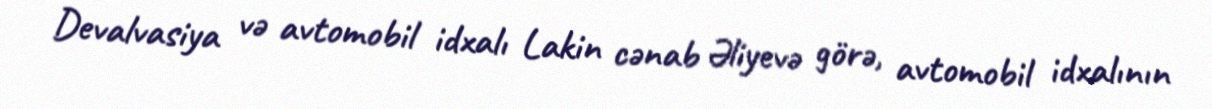
Devalvasiya və avtomobil idxalı Lakin cənab Əliyevə görə, avtomobil idxalının